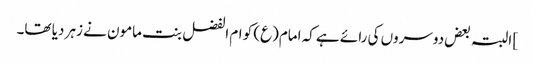
] البتہ بعض دوسروں کی رائے ہے کہ امام(ع) کو ام الفضل بنت مامون نے زہر دیا تھا۔